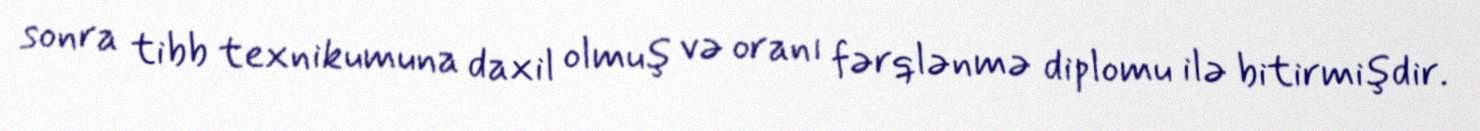
sonra tibb texnikumuna daxil olmuş və oranı fərqlənmə diplomu ilə bitirmişdir.